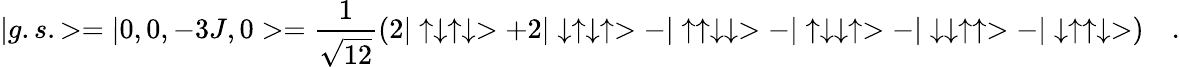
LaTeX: |g.s.>=|0,0,-3J,0>=\frac{1}{\sqrt{12}}(2|\uparrow\downarrow\uparrow\downarrow>+2|\downarrow\uparrow\downarrow\uparrow>-|\uparrow\uparrow\downarrow\downarrow>-|\uparrow\downarrow\downarrow\uparrow>-|\downarrow\downarrow\uparrow\uparrow>-|\downarrow\uparrow\uparrow\downarrow>)\quad.